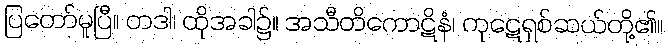
ပြတော်မူပြီ။ တဒါ၊ ထိုအခါ၌။ အသီတိကောဋိနံ၊ ကုဋေရှစ်ဆယ်တို့၏။